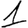
Digit: 1